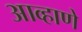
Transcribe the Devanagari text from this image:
आव्हाणे